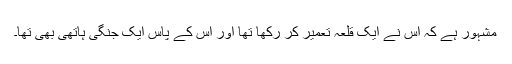
مشہور ہے کہ اس نے ایک قلعہ تعمیر کر رکھا تھا اور اس کے پاس ایک جنگی ہاتھی بھی تھا۔